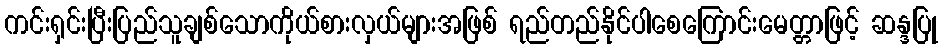
ကင်းရှင်းပြီးပြည်သူချစ်သောကိုယ်စားလှယ်များအဖြစ် ရည်တည်နိုင်ပါစေကြောင်းမေတ္တာဖြင့် ဆန္ဒပြု